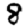
Digit: 8